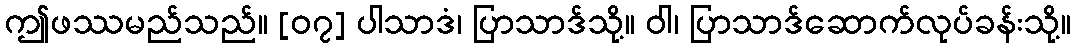
ဤဖဿမည်သည်။ [၀၇] ပါသာဒံ၊ ပြာသာဒ်သို့။ ဝါ၊ ပြာသာဒ်ဆောက်လုပ်ခန်းသို့။